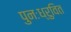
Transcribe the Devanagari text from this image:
पुनःध्रुवित